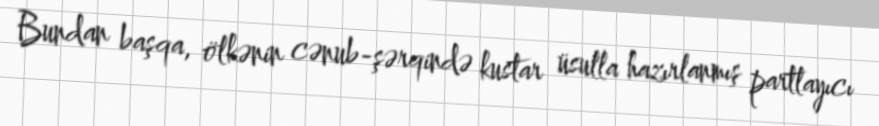
Bundan başqa, ölkənin cənub-şərqində kustar üsulla hazırlanmış partlayıcı